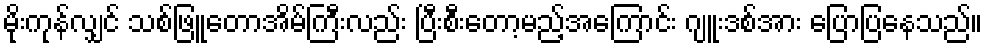
မိုးကုန်လျှင် သစ်ဖြူတောအိမ်ကြီးလည်း ပြီးစီးတော့မည့်အကြောင်း ဂျူးဒစ်အား ပြောပြနေသည်။